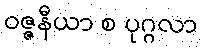
ဝဇ္ဇနီယာ စ ပုဂ္ဂလာ